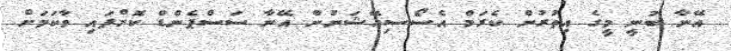
އޭނާ ބުނީ މީގެ އިތުރުން ކެރަމް އެސޯސިއޭޝަނުން އޭނާ ސަސްޕެންޑް ކޮށްފައި ވާކަމަށް